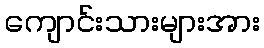
ကျောင်းသားများအား